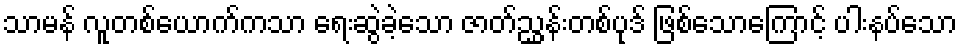
သာမန် လူတစ်ယောက်ကသာ ရေးဆွဲခဲ့သော ဇာတ်ညွှန်းတစ်ပုဒ် ဖြစ်သောကြောင့် ပါးနပ်သော